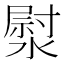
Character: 𭲐